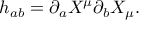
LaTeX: h _ { a b } = \partial _ { a } X ^ { \mu } \partial _ { b } X _ { \mu } .